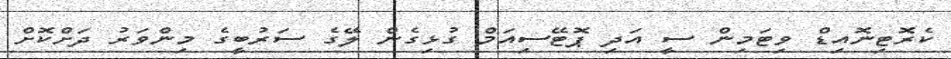
ކެރޮޓިނޮއިޑް ވިޓަމިން ސީ އަދި ޕޮޓޭސިއަމް ގުޅިގެން ލޭގެ ސަރުބީގެ މިންވަރު ދަށްކޮށް